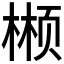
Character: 𬃲